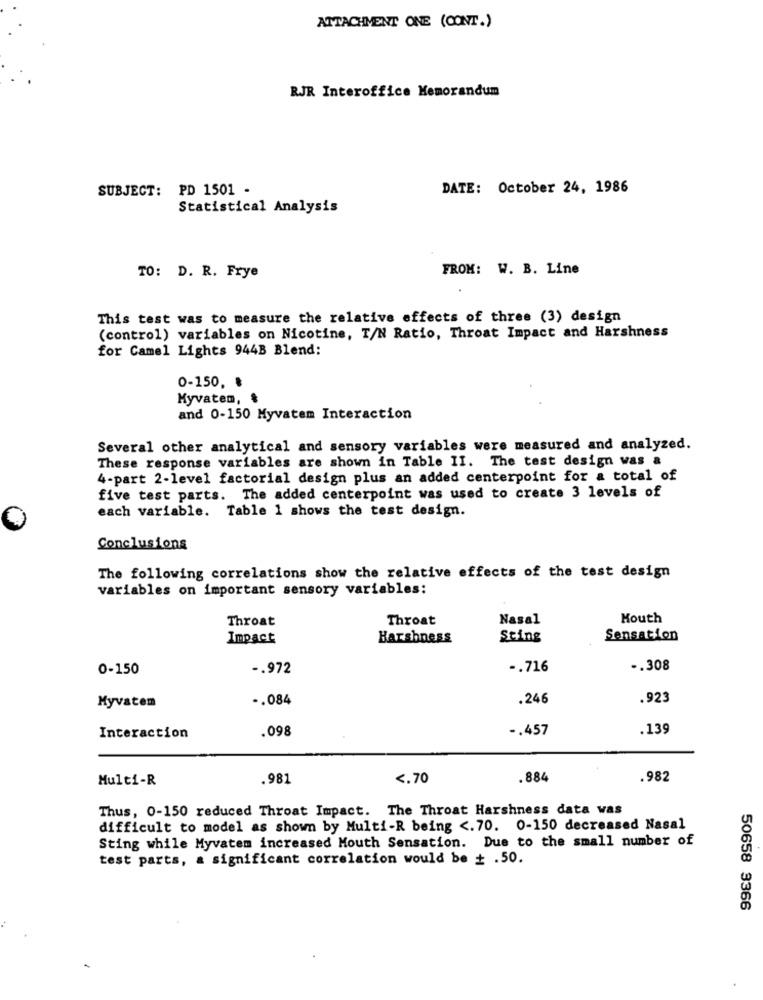
ATTACHMENT ONE (CONT.)
RJR Interoffice Memorandum
SUBJECT: PD 1501 -
DATE: October 24, 1986
Statistical Analysis
FROM: W. B. Line
TO: D. R. Frye
This test was to measure the relative effects of three (3) design
(control) variables on Nicotine, T/N Ratio, Throat Impact and Harshness
for Camel Lights 944B Blend:
0-150, ₺
Myvatem,
and 0-150 Myvatem Interaction
Several other analytical and sensory variables were measured and analyzed.
These response variables are shown in Table II. The test design was a
4-part 2-level factorial design plus an added centerpoint for a total of
five test parts. The added centerpoint was used to create 3 levels of
each variable. Table 1 shows the test design.
Conclusions
The following correlations show the relative effects of the test design
variables on important sensory variables:
Throat
Throat
Nasal
Mouth
Impact
Harshness
Sting
Sensation
0-150
-. 972
-. 716
.. 308
Myvatem
.. 084
.246
.923
.098
-. 457
.139
Interaction
Multi-R
.981
<. 70
.884
.982
Thus, 0-150 reduced Throat Impact. The Throat Harshness data was
difficult to model as shown by Multi-R being <. 70. 0-150 decreased Nasal
Sting while Myvatem increased Mouth Sensation. Due to the small number of
test parts, a significant correlation would be + .50.
50658 3366